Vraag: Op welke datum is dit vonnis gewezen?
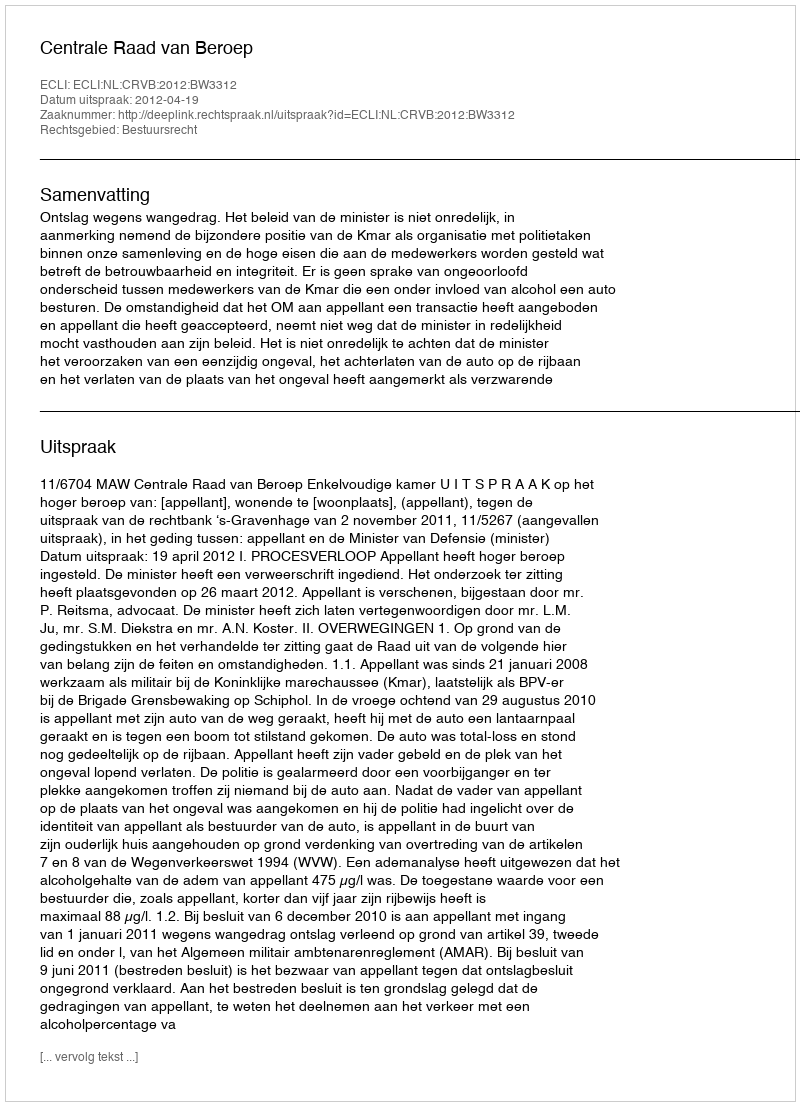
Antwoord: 2012-04-19